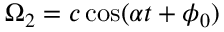
\Omega _ { 2 } = c \cos ( \alpha t + \phi _ { 0 } )